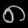
Digit: ၈